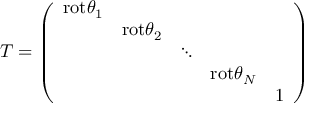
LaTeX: T = \left( \begin{array} { c c c c c } { { \mathrm { r o t } \theta _ { 1 } } } & { { } } & { { } } & { { } } & { { } } \\ { { } } & { { \mathrm { r o t } \theta _ { 2 } } } & { { } } & { { } } & { { } } \\ { { } } & { { } } & { { \ddots } } & { { } } & { { } } \\ { { } } & { { } } & { { } } & { { \mathrm { r o t } \theta _ { N } } } & { { } } \\ { { } } & { { } } & { { } } & { { } } & { { { \large 1 } } } \end{array} \right)